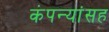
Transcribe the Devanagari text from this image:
कंपन्यांसह